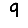
Digit: 9